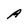
Character: A